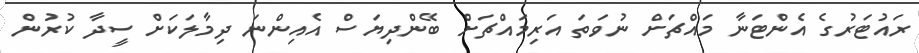
ރައުޓަރުގެ އެންޓަނާ މައްޗަށް ނުވަތަ އަރިމައްޗަށް ބޭންދިޔަސް އެއިންނަ ދިމާލަކަށް ސީދާ ކުރުން